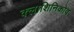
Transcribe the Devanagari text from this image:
क्लाशिनिकोव